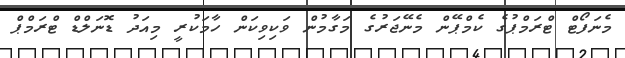
މެނަފޯޓް ޓްރަމްޕުގެ ކެމްޕޭން މެނޭޖަރުގެ މަގާމުން ވަކިވިކަން ހާމަކުރީ މިއަދު ޑޮނަލްޑް ޓްރަމްޕް